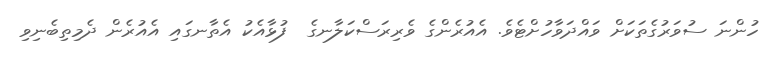
ހުންނަ ސުވަރުގެތަކަށް ވައްދަވާހުށްޓެވެ. އެއުރެންގެ ވެރިރަސްކަލާނގެ  ފުޅާއެކު އެތާނގައި އެއުރެން ދެމިތިބެނިވި